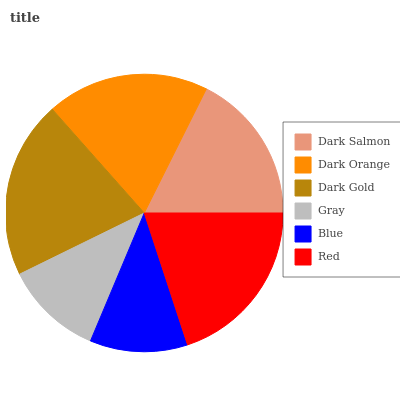
| Dark Salmon | Dark Orange | Dark Gold | Gray | Blue | Red |
 | --- | --- | --- | --- | --- | --- |
 | 17.7% | 18.9% | 20.7% | 11.4% | 11.4% | 19.9% |